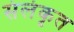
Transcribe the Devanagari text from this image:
संलंकृत